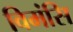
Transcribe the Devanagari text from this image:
विमंसि